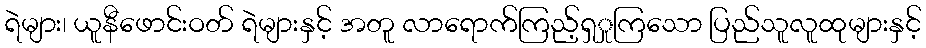
ရဲများ၊ ယူနီဖောင်းဝတ် ရဲများနှင့် အတူ လာရောက်ကြည့်ရှှုကြသော ပြည်သူလူထုများနှင့်